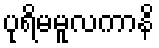
ပုရိမမူလကာနိ